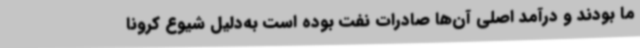
ما بودند و درآمد اصلی آن‌ها صادرات نفت بوده است به‌دلیل شیوع کرونا